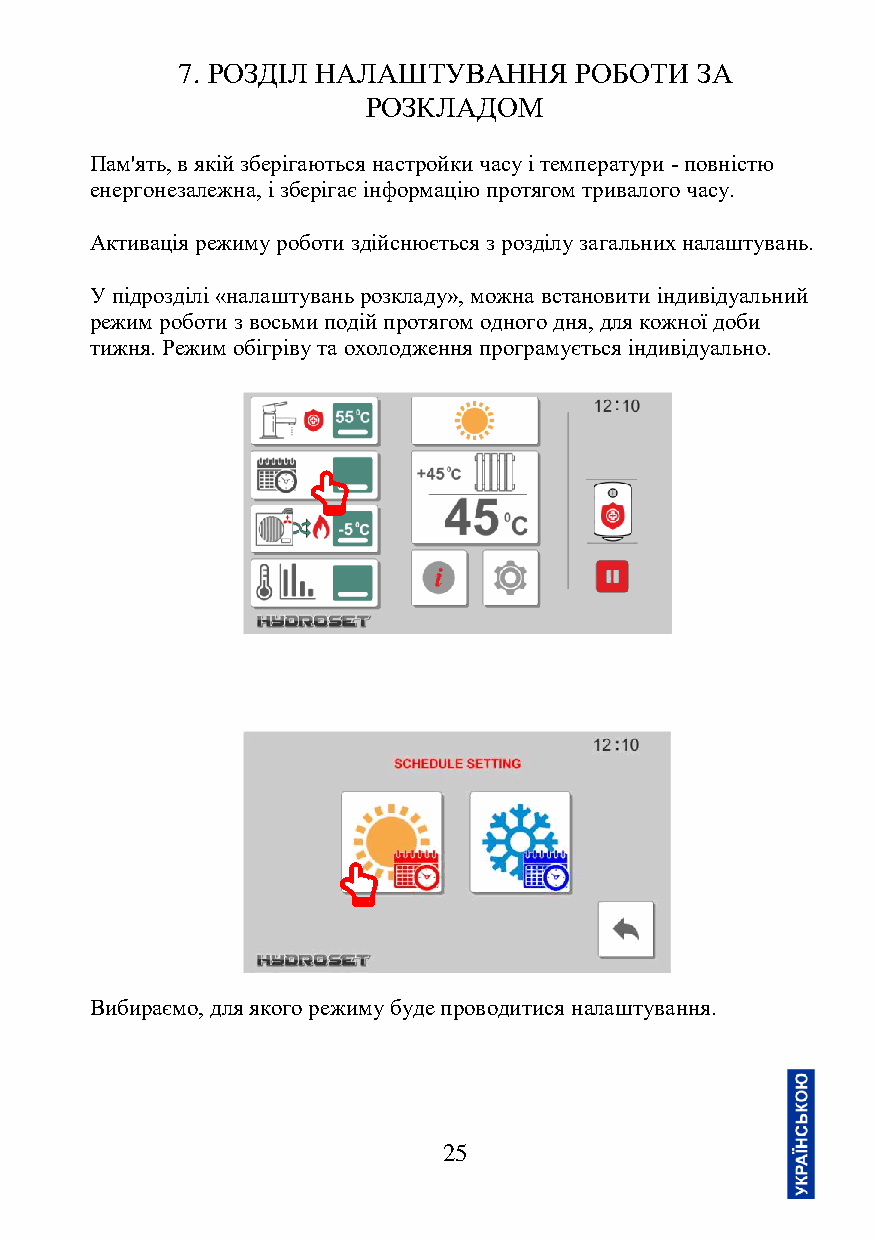
7. РОЗДІЛ НАЛАШТУВАННЯ    РОБОТИ  ЗА
 РОЗКЛАДОМ
 Пам'ять, в якій зберігаються настройки часу і температури - повністю
 енергонезалежна, і зберігає інформацію протягом тривалого часу.
 Активація режиму роботи здійснюється з розділу загальних налаштувань.
 У підрозділі «налаштувань розкладу», можна встановити індивідуальний
 режим роботи з восьми подій протягом одного дня, для кожної доби
 тижня. Режим обігріву та охолодження програмується індивідуально.
 Вибираємо, для якого режиму буде проводитися налаштування.
 25